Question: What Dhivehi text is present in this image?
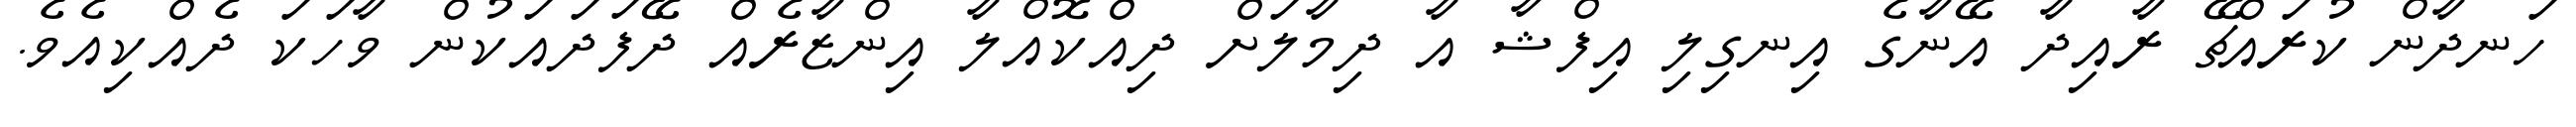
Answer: ހަނދާން ކުރައްޗޭ ރާއިދާ އޭނާގެ އިނގިލި އިފްޝާ އާ ދިމާލަށް ދިއްކޮއްލާ އިންޒާރެއް ދޭފަދައަކުން ވާހަކަ ދެއްކިއެވެ.